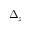
\Delta _ { z }